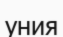
уния